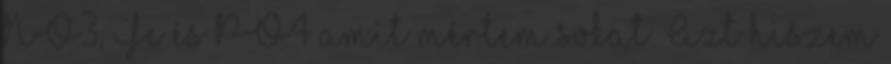
NO3, Fe és PO4 amit mértem sokat. Azt hiszem